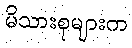
မိသားစုများက